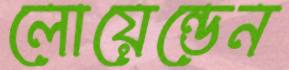
লোয়েন্ডেন